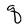
Character: q